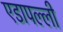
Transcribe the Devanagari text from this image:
एडापल्ली